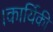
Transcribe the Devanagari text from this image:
।कार्यिकी